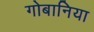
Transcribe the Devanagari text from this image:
गोबानिया